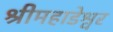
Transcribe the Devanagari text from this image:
श्रीमहाडेश्वर